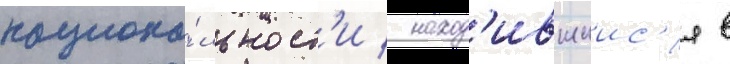
национа́льност'и / наход'ившиис'я в